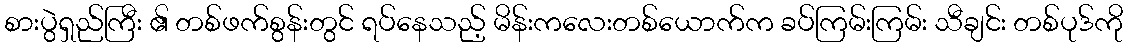
စားပွဲရှည်ကြီး ၏ တစ်ဖက်စွန်းတွင် ရပ်နေသည့် မိန်းကလေးတစ်ယောက်က ခပ်ကြမ်းကြမ်း သီချင်း တစ်ပုဒ်ကို